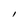
Character: I